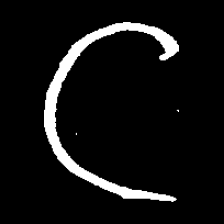
Pyu character \u2014 Myanmar letter: ဋ (romanized: tta)